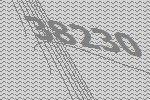
38230